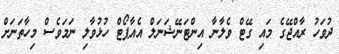
ދުވަހު ރާއްޖޭގެ މައި ގޭޓް ވެލާނާ އިންޓަނޭޝަނަލް އެއާޕޯޓް ހުޅުވާލި ނަމަވެސް މިހާތަނަށް